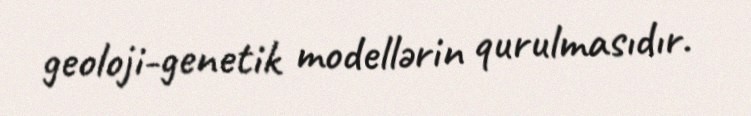
geoloji-genetik modellərin qurulmasıdır.